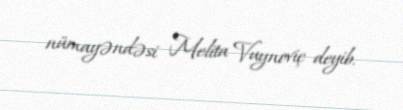
nümayəndəsi Melita Vuynoviç deyib.